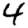
Digit: 4